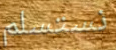
نستسلم